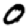
Digit: 0